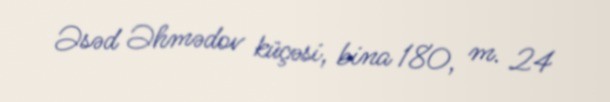
Əsəd Əhmədov küçəsi, bina 180, m. 24